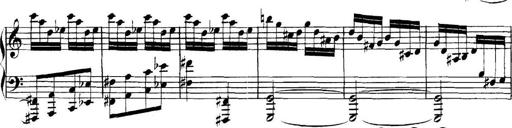
Title: Collected Piano Sonatas
Composer: Muzio Clementi